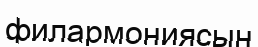
филармониясын